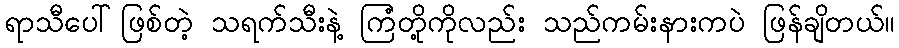
ရာသီပေါ်ဖြစ်တဲ့ သရက်သီးနဲ့ ကြံတို့ကိုလည်း သည်ကမ်းနားကပဲ ဖြန်ချိတယ်။